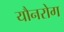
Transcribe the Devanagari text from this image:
यौनरोग